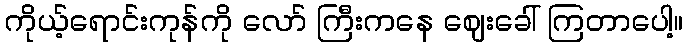
ကိုယ့်ရောင်းကုန်ကို လော် ကြီးကနေ ဈေးခေါ် ကြတာပေါ့။